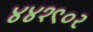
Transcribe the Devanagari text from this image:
४४१९०२